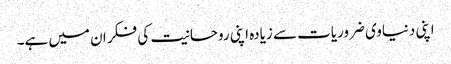
اپنی دنیاوی ضروریات سے زیادہ اپنی روحانیت کی فکر ان میں ہے۔